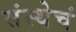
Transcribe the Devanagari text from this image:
संस्थेचं